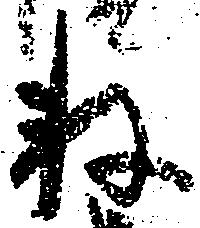
数